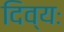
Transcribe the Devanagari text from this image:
दिव्यः